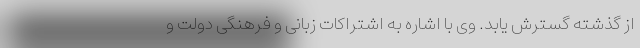
از گذشته گسترش یابد. وی با اشاره به اشتراکات زبانی و فرهنگی دولت و